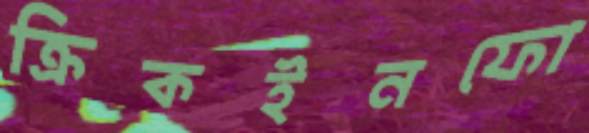
ক্রিকইনফো